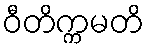
ဝီတိက္ကမတိ